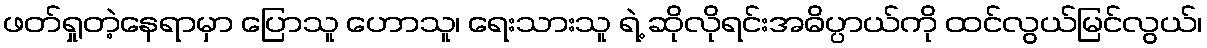
ဖတ်ရှုတဲ့နေရာမှာ ပြောသူ ဟောသူ၊ ရေးသားသူ ရဲ့ ဆိုလိုရင်းအဓိပ္ပာယ်ကို ထင်လွယ်မြင်လွယ်၊